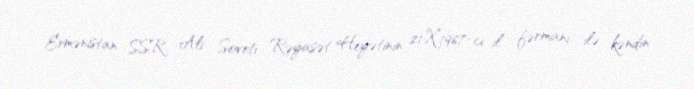
Ermənistan SSR Ali Soveti Rəyasət Heyətinin 21.X.1967-cı il fərmanı ilə kəndin